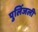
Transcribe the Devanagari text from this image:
पुलिंजली